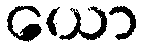
ယော